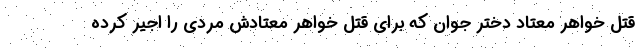
قتل خواهر معتاد دختر جوان که برای قتل خواهر معتادش مردی را اجیر کرده